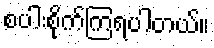
စပါးစိုက်ကြရပါတယ်။